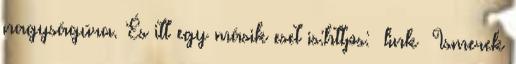
nagyságúra. És itt egy másik eset is:https: link Ismerek